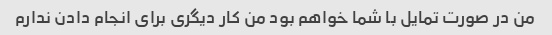
من در صورت تمایل با شما خواهم بود من کار دیگری برای انجام دادن ندارم